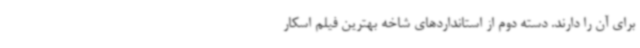
برای آن را دارند. دسته دوم از استانداردهای شاخه بهترین فیلم اسکار